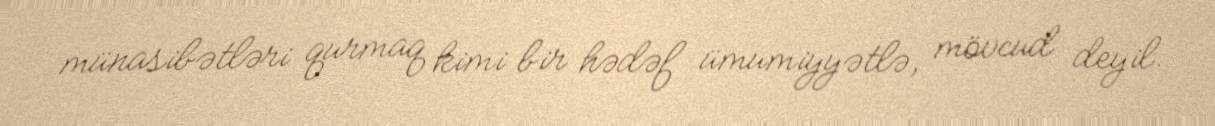
münasibətləri qurmaq kimi bir hədəf ümumiyyətlə, mövcud deyil.